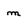
Character: m